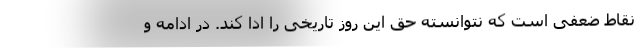
نقاط ضعفی است که نتوانسته حق این روز تاریخی را ادا کند. در ادامه و